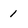
Character: 1